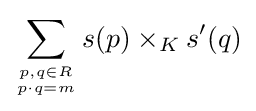
\sum _{p,q\in R \atop p\cdot q=m}s(p)\times _{K}s'(q)